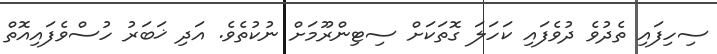
ސިހިފައި ތެދުވެ ދުވެފައި ކަހަލަ ގޮތަކަށް ސިޓިންރޫމަށް ނުކުތެވެ. އަދި ޚަބަރު ހުސްވެފައިއޮތް